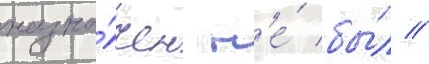
назна́чен н'е́ бы́л //